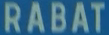
RABAT